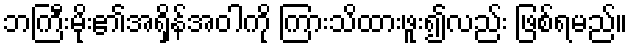
ဘကြီးမိုး၏အရှိန်အဝါကို ကြားသိထားဖူး၍လည်း ဖြစ်ရမည်။